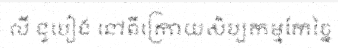
លី ជូបៀង នៅពីក្រោយសិប្បកម្មកែច្នៃ